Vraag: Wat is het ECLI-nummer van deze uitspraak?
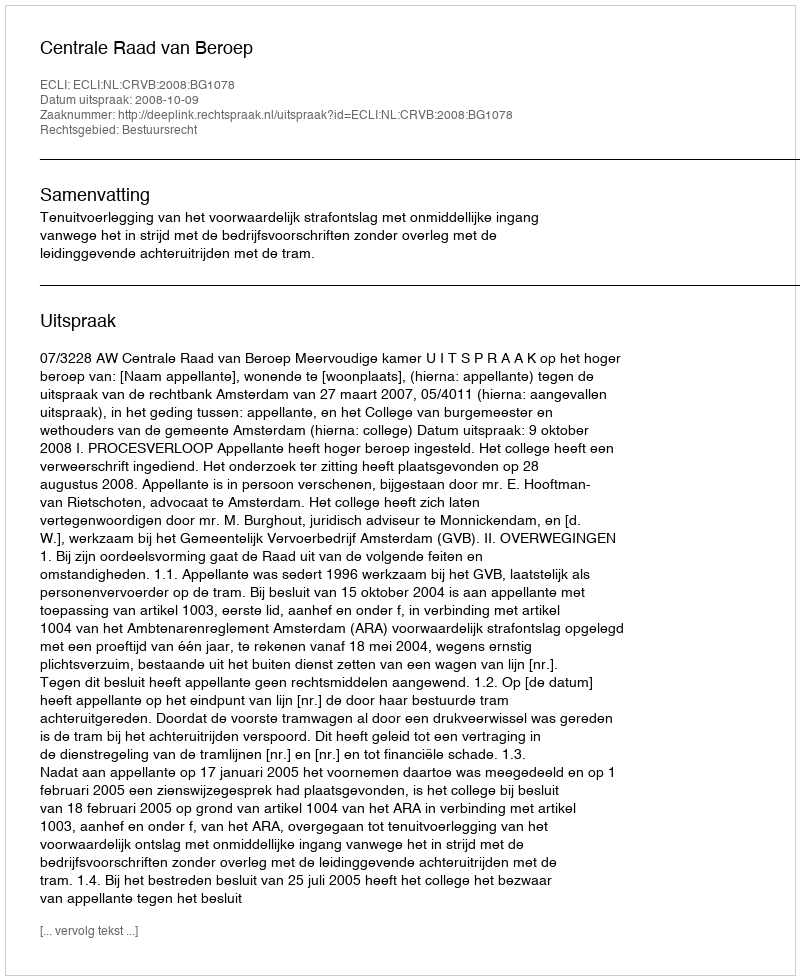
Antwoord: ECLI:NL:CRVB:2008:BG1078